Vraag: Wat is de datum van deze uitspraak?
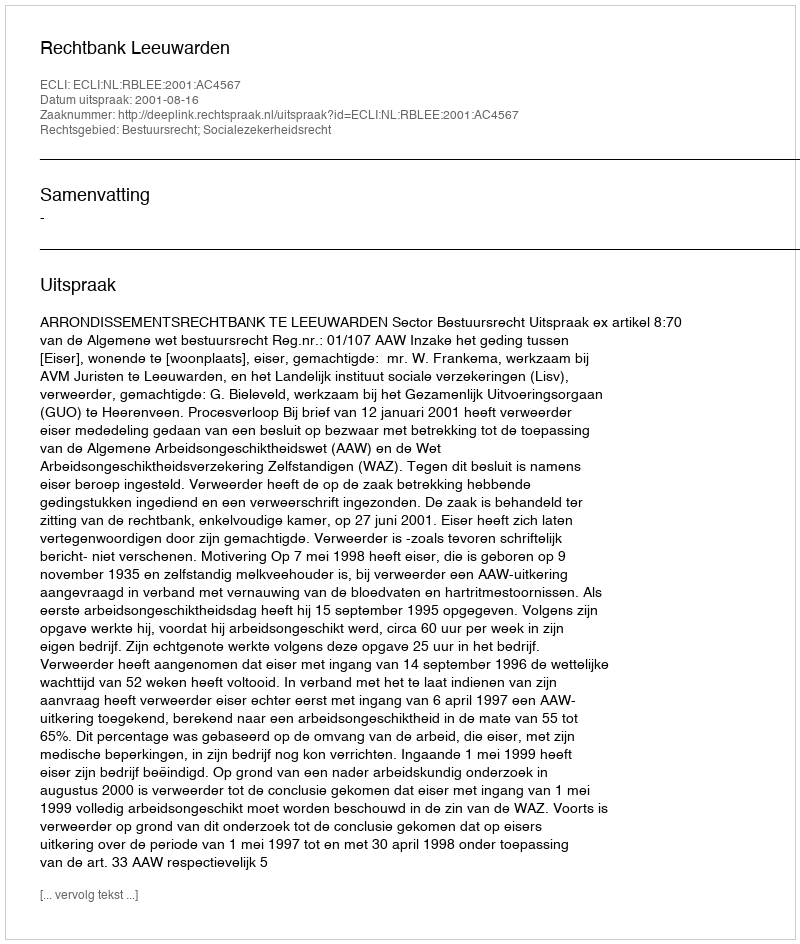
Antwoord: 2001-08-16